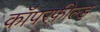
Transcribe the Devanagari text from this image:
कॉपरफ़ील्ड